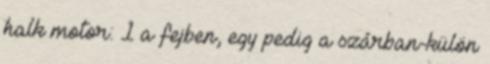
halk motor: 1 a fejben, egy pedig a szárban-külön